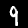
Label: 9